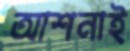
আশনাই